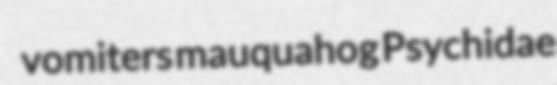
vomiters mauquahog Psychidae